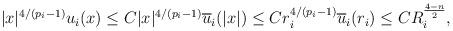
LaTeX: \begin{align*}|x|^{4/(p_i-1)}u_i(x)&\leq C|x|^{4/(p_i-1)}\overline u_i(|x|)\leq C r_i^{4/(p_i-1)}\overline u_i(r_i)\leq CR_i^{\frac{4-n}{2}},\end{align*}